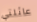
عائلتي